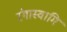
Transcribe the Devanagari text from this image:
रंगास्वामि